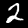
Label: 2